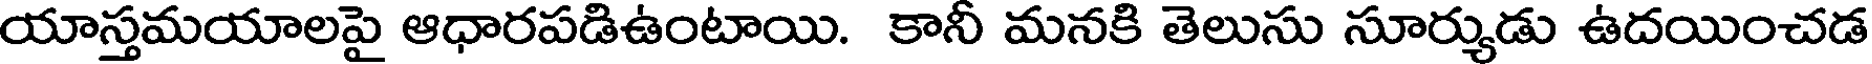
యాస్తమయాలపై ఆధారపడిఉంటాయి. కానీ మనకి తెలుసు సూర్యుడు ఉదయించడ